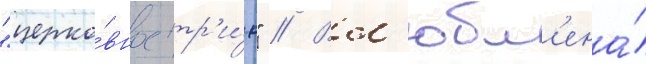
"церко́вное тр'и́о" // Вл'юбл'ена́